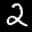
Label: 2